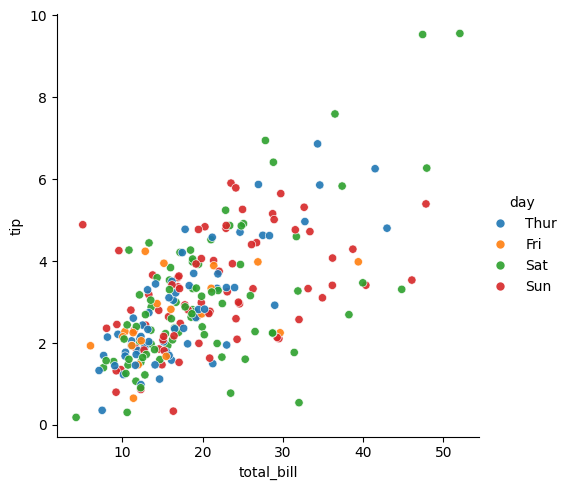
python, seaborn, relplot, alpha=0.9